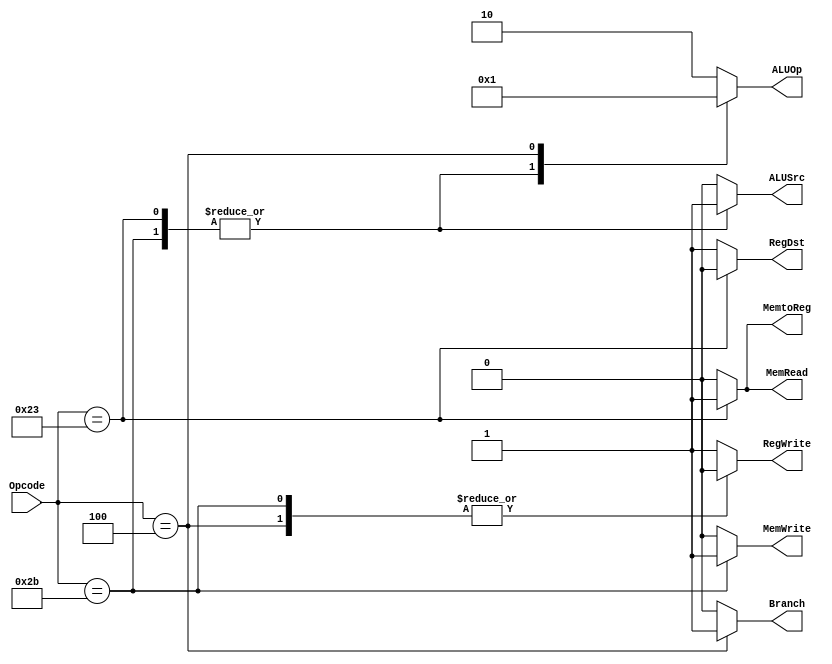
module control_unit(Opcode, RegDst, Branch, MemRead, MemtoReg, ALUOp, MemWrite, ALUSrc, RegWrite);

	input [5:0] Opcode;
	
	
	output reg RegDst;
	output reg Branch;
	output reg MemRead;
	output reg MemtoReg;
	output reg [1:0] ALUOp;
	output reg  MemWrite;
	output reg ALUSrc;
	output reg RegWrite;
	
	always @ (*)
	begin
		
		// Defaults to R-type instr
		RegDst = 1'b1;
		ALUSrc = 1'b0;
		MemtoReg = 1'b0;
		RegWrite = 1'b1;
		MemRead = 1'b0;
		MemWrite = 1'b0;
		Branch = 1'b0;
		ALUOp = 2'b10;
		
		
		
		
		case(Opcode)
		
			6'd0: ;// R-type
			
			6'd35: begin // LW
			
					RegDst = 1'b0;
					ALUSrc = 1'b1;
					MemtoReg = 1'b1;
					MemRead = 1'b1;
					ALUOp = 2'b00;
					
					end
					
			6'd43: begin // SW
			
					ALUSrc = 1'b1;
					RegWrite = 1'b0;
					MemWrite = 1'b1;
					ALUOp = 2'b00;
					
					end
					
			6'd4 : begin // Beq
					
					RegWrite = 1'b0;
					Branch = 1'b1;
					ALUOp = 2'b01;
					
					
					end
					
		endcase
		
	end
	
endmodule